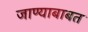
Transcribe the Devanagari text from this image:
जाण्याबाबत